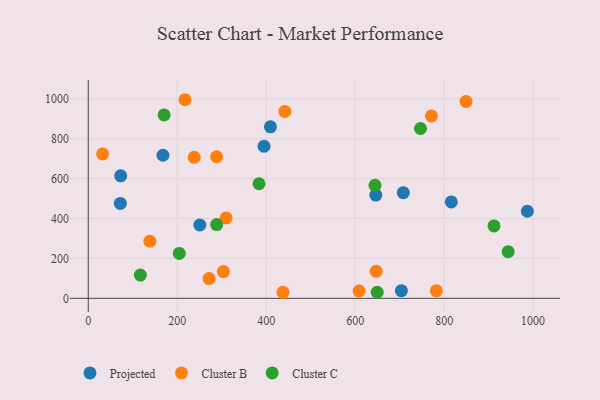
{"axis": {"x": "Study Hours", "y": "Rating"}, "legend": ["Cluster B", "Cluster C", "Projected"], "data": [{"x": "646.4", "y": 517.5, "type": "Projected"}, {"x": "816.1", "y": 483.1, "type": "Projected"}, {"x": "395.1", "y": 762.5, "type": "Projected"}, {"x": "72.9", "y": 614.0, "type": "Projected"}, {"x": "409.5", "y": 859.9, "type": "Projected"}, {"x": "708.2", "y": 529.8, "type": "Projected"}, {"x": "72.1", "y": 475.9, "type": "Projected"}, {"x": "167.9", "y": 717.4, "type": "Projected"}, {"x": "987.1", "y": 436.5, "type": "Projected"}, {"x": "250.8", "y": 367.7, "type": "Projected"}, {"x": "703.9", "y": 38.2, "type": "Projected"}, {"x": "782.5", "y": 37.4, "type": "Cluster B"}, {"x": "608.9", "y": 36.6, "type": "Cluster B"}, {"x": "309.9", "y": 403.3, "type": "Cluster B"}, {"x": "437.7", "y": 30.3, "type": "Cluster B"}, {"x": "303.7", "y": 134.0, "type": "Cluster B"}, {"x": "238.2", "y": 706.9, "type": "Cluster B"}, {"x": "441.9", "y": 937.2, "type": "Cluster B"}, {"x": "771.5", "y": 914.6, "type": "Cluster B"}, {"x": "217.4", "y": 995.7, "type": "Cluster B"}, {"x": "849.3", "y": 987.2, "type": "Cluster B"}, {"x": "138.5", "y": 286.7, "type": "Cluster B"}, {"x": "288.5", "y": 709.8, "type": "Cluster B"}, {"x": "647.3", "y": 135.2, "type": "Cluster B"}, {"x": "271.6", "y": 99.0, "type": "Cluster B"}, {"x": "32.3", "y": 723.8, "type": "Cluster B"}, {"x": "746.8", "y": 851.4, "type": "Cluster C"}, {"x": "912.1", "y": 363.2, "type": "Cluster C"}, {"x": "383.8", "y": 574.5, "type": "Cluster C"}, {"x": "943.9", "y": 234.1, "type": "Cluster C"}, {"x": "649.5", "y": 30.4, "type": "Cluster C"}, {"x": "117.2", "y": 116.6, "type": "Cluster C"}, {"x": "170.5", "y": 919.5, "type": "Cluster C"}, {"x": "644.6", "y": 566.5, "type": "Cluster C"}, {"x": "204.6", "y": 225.1, "type": "Cluster C"}, {"x": "288.7", "y": 369.5, "type": "Cluster C"}]}